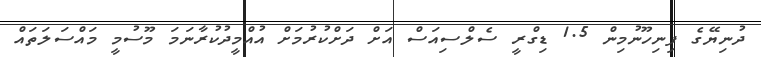
ދުނިޔޭގެ ފިނިހޫނުމިން 1.5 ޑިގްރީ ސެލްސިއަސް އަށް ދަށްކުރުމަށް އުއްމީދުކުރާނަމަ މޫސުމީ މައްސަލަތައް